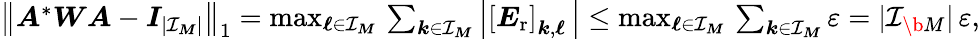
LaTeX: \begin{array}{r}{\big\| \boldsymbol A^{*}\boldsymbol W\boldsymbol A-\boldsymbol I_{|\mathcal I_{\boldsymbol M}|}\big\| _{1}=\operatorname*{max}_{\boldsymbol\ell\in\mathcal I_{\boldsymbol M}}\, \sum_{\boldsymbol k\in\mathcal I_{\boldsymbol M}}\left|\left[\boldsymbol E_{\mathrm{r}}\right]_{\boldsymbol k,\boldsymbol\ell}\, \right|\leq\operatorname*{max}_{\boldsymbol\ell\in\mathcal I_{\boldsymbol M}}\, \sum_{\boldsymbol k\in\mathcal I_{\boldsymbol M}}\varepsilon=|\mathcal I_{\b{M}}|\, \varepsilon,}\end{array}